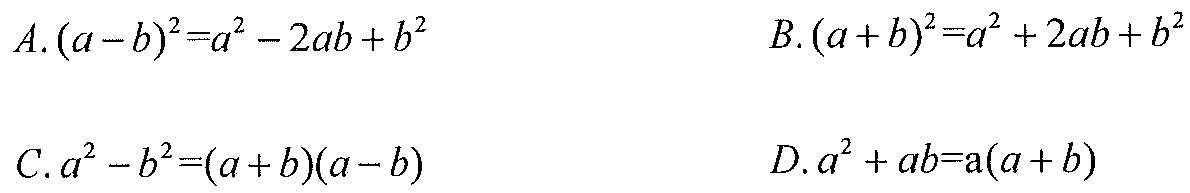
\(A.(a - b)^{2}=a^{2}-2ab + b^{2}\ \ \ \ \ \ \ \ \ \ \ \ \ \ \ B.(a + b)^{2}=a^{2}+2ab + b^{2}\)
\(C.a^{2}-b^{2}=(a + b)(a - b)\ \ \ \ \ \ \ \ \ \ \ \ \ \ \ D.a^{2}+ab=a(a + b)\)